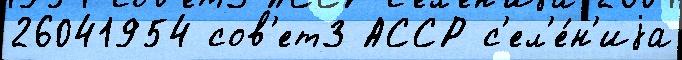
26041954 сов'ет3 АССР с'ел'е́н'иjа